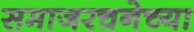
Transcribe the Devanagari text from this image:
समाजरचनेच्या